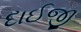
દાઈજી